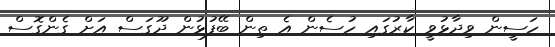
ހަސީން ވިދާޅުވީ ކާރުގައި ހުސެން އެ ތިން ބޭފުޅުން ދޫގަސް އަށް ގެންގޮސް